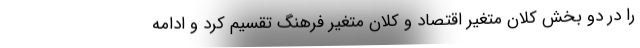
را در دو بخش کلان متغیر اقتصاد و کلان متغیر فرهنگ تقسیم کرد و ادامه